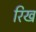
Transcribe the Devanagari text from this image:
रिख